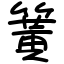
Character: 簧